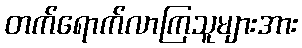
တက်ရောက်လာကြသူများအား